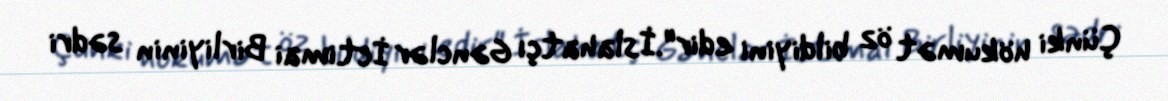
Çünki hökumət öz bildiyini edir".İslahatçı Gənclər İctimai Birliyinin sədri